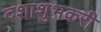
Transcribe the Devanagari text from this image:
दशाशुभकरी